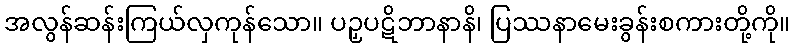
အလွန်ဆန်းကြယ်လှကုန်သော။ ပဉှပဋိဘာနာနိ၊ ပြဿနာမေးခွန်းစကားတို့ကို။